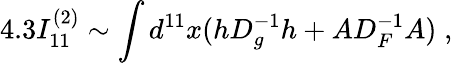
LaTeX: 4.3I_{11}^{(2)}\sim\int d^{11}x(hD_{g}^{-1}h+AD_{F}^{-1}A)\; ,